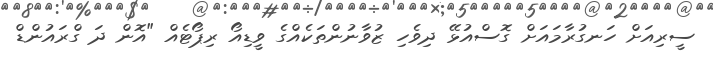
ސީރިއަށް ހަނގުރާމައަށް ގޮސްއުޅޭ ދިވެހި ޒުވާނުންތަކެއްގެ ވީޑިއޯ ރިޕޯޓެއް "އޮން ދަ ގްރައުންޑް